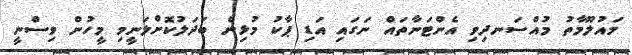
މައުލޫމާތު މުއްސަނދިވި އެންޓަނާތައް ނަގައި އަޑި ޕާކު މުޅިން ބަދަލުކޮށްލަނީމި މީހުން ވިސްނީ